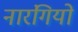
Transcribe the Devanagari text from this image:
नारंगियों